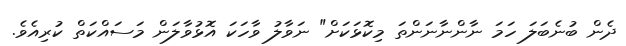
ދެން ބުނެބަލަ ހަމަ ނާންނާނަންތަ މިކޮޅަކަށް" ނަވާލު ވާހަކަ އޮޅުވާލަން މަސައްކަތް ކުރިއެވެ.